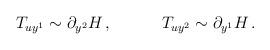
LaTeX: \begin{align*}T_{uy^1} \sim \partial_{y^2} H \, , \quad \quad \quad T_{uy^2} \sim\partial_{y^1} H \, .\end{align*}